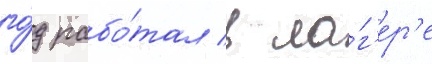
го́д рабо́тал в ла́г'ер'е